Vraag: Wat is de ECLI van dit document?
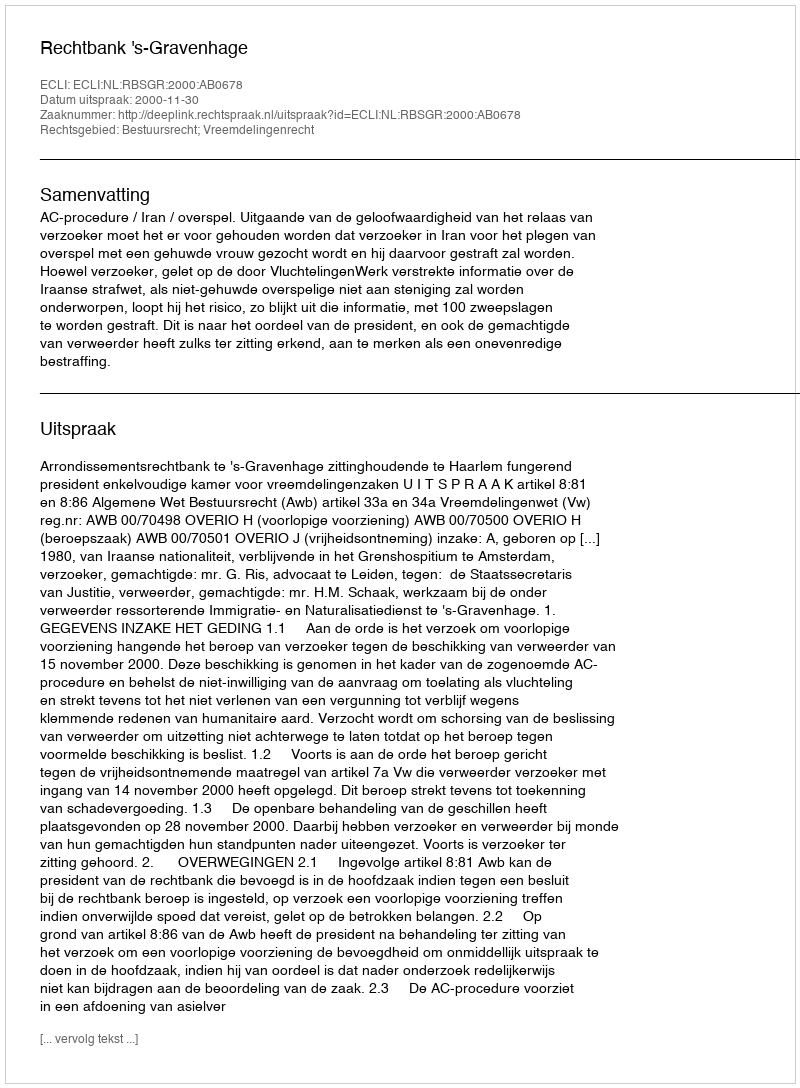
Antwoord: ECLI:NL:RBSGR:2000:AB0678